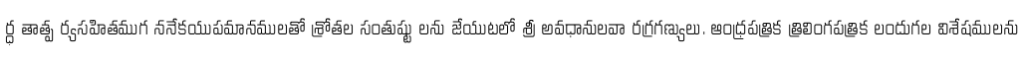
ర్ధ తాత్ప ర్యసహితముగ ననేకయుపమానములతో శ్రోతల సంతుష్టు లను జేయుటలో శ్రీ అవధానులవా రగ్రగణ్యులు. ఆంధ్రపత్రిక త్రిలింగపత్రిక లందుగల విశేషములను